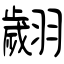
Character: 翽